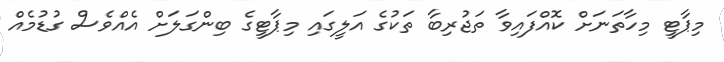
މިޕާޓީ މިހާތަނަށް ކޮއްފައިވާ ތަޖުރިބާ ތަކުގެ އަލީގައި މިޕާޓީގެ ބިންގަލަށް އެއްވެސް ގުޑުމެއް